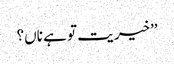
’’خیریت تو ہے ناں؟